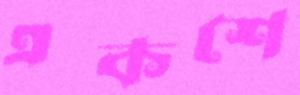
একশে